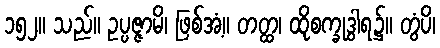
၁၅၂။ သည်။ ဥပ္ပဇ္ဇာမိ၊ ဖြစ်အံ့။ တတ္ထ၊ ထိုစက္ခုဒွါရ၌။ တွံပိ၊